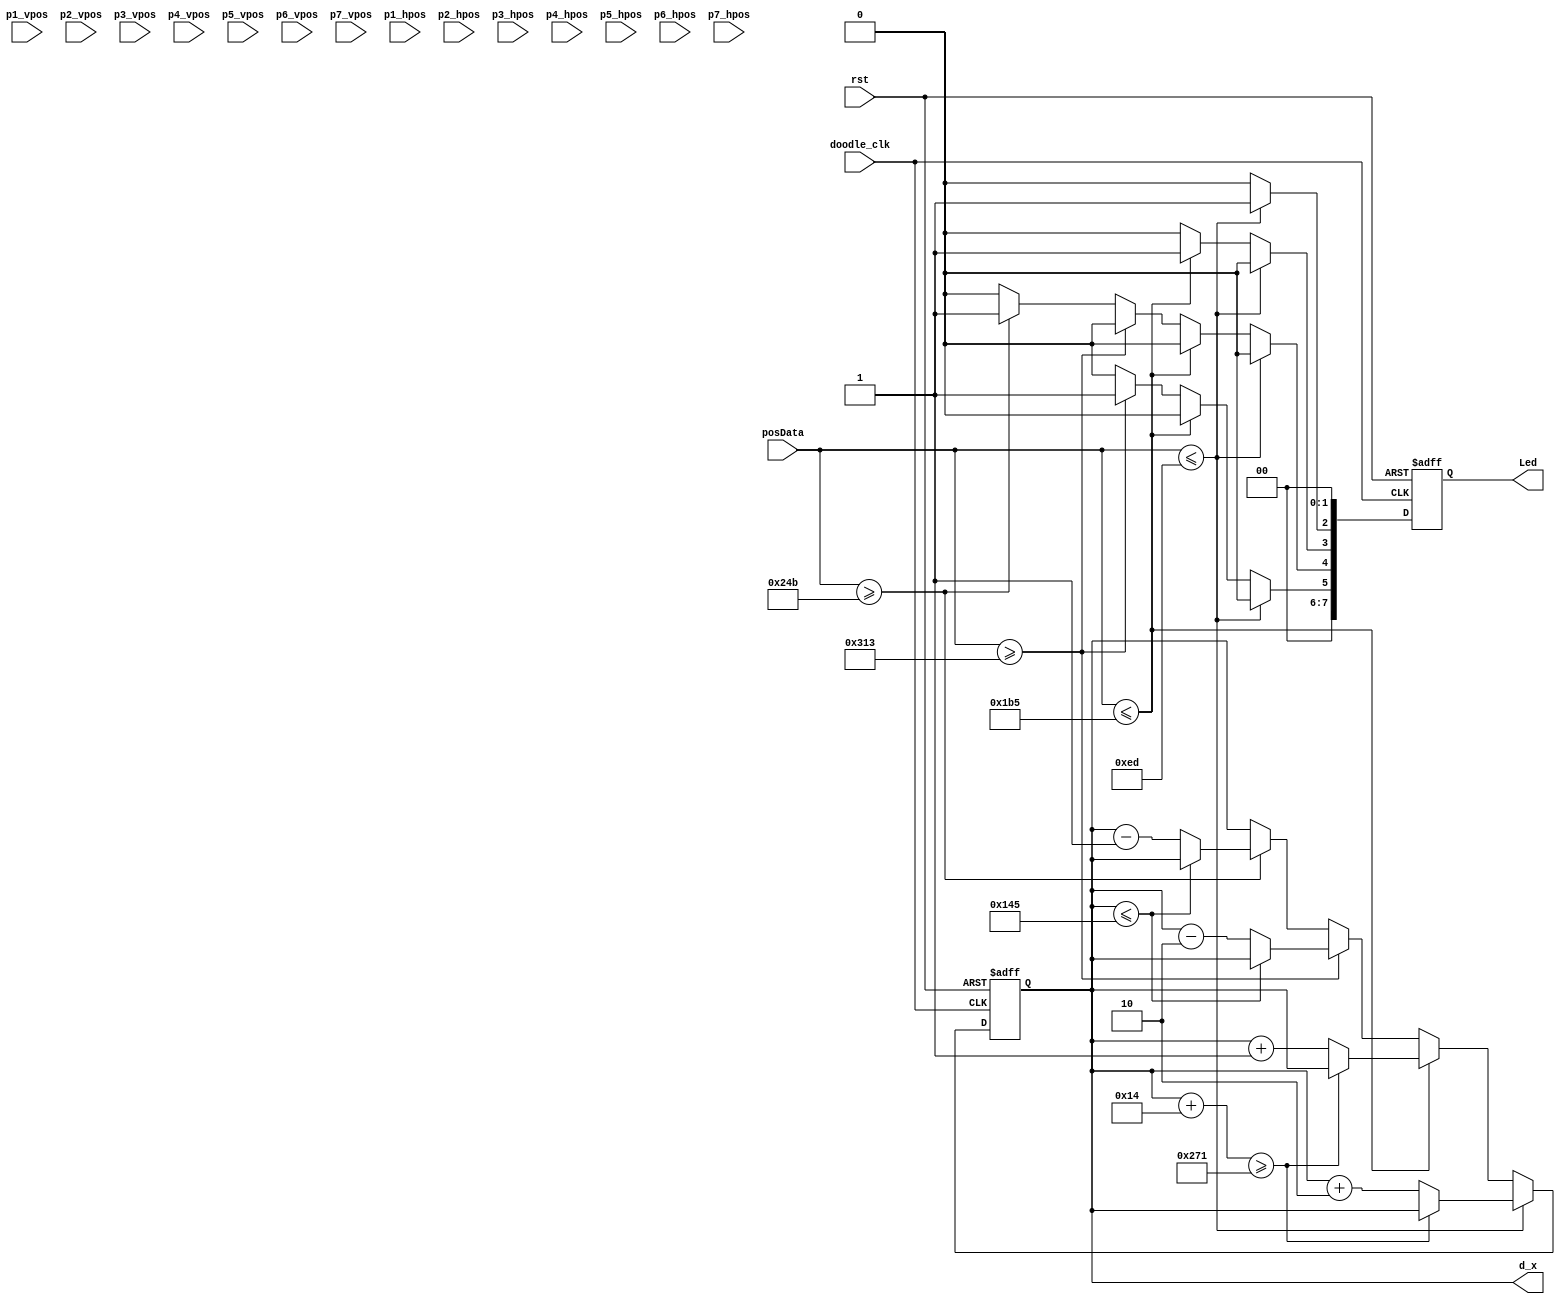
`timescale 1ns / 1ps

module doodle_x(
	input doodle_clk,
	input rst,
	//Joystick Value
	input wire [9:0] posData,
	//Vertcial platform positions
	input wire [9:0] p1_vpos,
	input wire [9:0] p2_vpos,
	input wire [9:0] p3_vpos,
	input wire [9:0] p4_vpos,
	input wire [9:0] p5_vpos,
	input wire [9:0] p6_vpos,
	input wire [9:0] p7_vpos,
	//Horizontal platform positions
	input wire [9:0] p1_hpos,
	input wire [9:0] p2_hpos,
	input wire [9:0] p3_hpos,
	input wire [9:0] p4_hpos,
	input wire [9:0] p5_hpos,
	input wire [9:0] p6_hpos,
	input wire [9:0] p7_hpos,
	// TESTING
	output reg [7:0] Led,
	// END TESTING
	//New X value of the doodle
	output reg [9:0] d_x
    );
	 
parameter speed1 = 1;		//Horizontal Speed 1
parameter speed2 = 2;		//Horizontal Speed 2
parameter gravity = 4;		//Gravity for falling down
parameter hbp = 325;	//Horizontal
parameter hfp = 625;
parameter bottom = 511;
//parameter blockLength = 75;
localparam p_width = 75;
localparam p_height = 20;
localparam size = 20;

initial begin
	d_x = 450; // start on left edge of platform 4
end

//Grab the data from the PMODJystk to update the x position of the doodle
always @ (posedge doodle_clk or posedge rst) begin
	if (rst) begin
		d_x <= 450;
		// TESTING
		Led [7:0] <= 0;
		// END TESTING
	end
	
	// movement to the right
	else if(posData <= 237) begin
		// right level 2
		Led[2] <= 1;
		Led[1:0] <= 0;
		Led[7:3] <= 0;
		
		// collide with right border
		if (d_x + size >= hfp) begin
			d_x <= d_x;
		end
		
		// move sideways normally
		else begin
			d_x <= d_x + speed2;
		end
	end
	else if(posData <= 437) begin
		// right level 1
		Led[3] <= 1;
		Led[2:0] <= 0;
		Led[7:4] <= 0
		;
		// collide with right border
		if (d_x + size >= hfp) begin
			d_x <= d_x;
		end
		else begin
			d_x <= d_x + speed1;
		end
	end

	// movement to the left
	else if (posData >= 787) begin
		// left level 2
		Led[5] <= 1;
		Led[4:0] <= 0;
		Led[7:6] <= 0;
		if (d_x <= hbp) begin
			d_x <= d_x;
		end
		else begin
			d_x <= d_x - speed2;
		end
	end
	else if (posData >= 587) begin
		// left level 1
		Led[4] <= 1;
		Led[3:0] <= 0;
		Led[7:5] <= 0;
		
		if (d_x <= hbp) begin
			d_x <= d_x;
		end
		else begin
			d_x <= d_x - speed1;
		end
	end

	else begin
		Led[7:0] <= 0;
		d_x <= d_x;
	end
end

endmodule